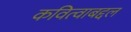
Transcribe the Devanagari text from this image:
कवित्वाबद्दल